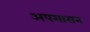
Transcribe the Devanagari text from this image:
अपमासन